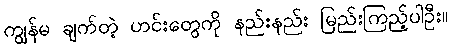
ကျွန်မ ချက်တဲ့ ဟင်းတွေကို နည်းနည်း မြည်းကြည့်ပါဦး။